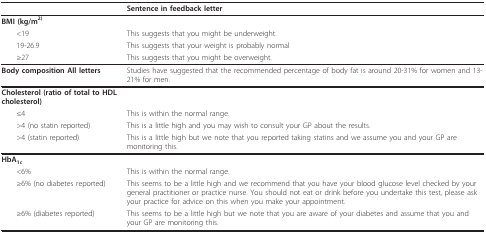
<table><thead><tr><td></td><td><b>Sentence in feedback letter</b></td></tr></thead><tbody><tr><td><b>BMI </b>(kg/m<sup>2)</sup></td><td></td></tr><tr><td> &lt;19</td><td>This suggests that you might be underweight.</td></tr><tr><td> 19-26.9</td><td>This suggests that your weight is probably normal</td></tr><tr><td> ≥27</td><td>This suggests that you might be overweight.</td></tr><tr><td><b>Body composition All letters</b></td><td>Studies have suggested that the recommended percentage of body fat is around 20-31% for women and 13-21% for men.</td></tr><tr><td><b>Cholesterol (ratio of total to HDL cholesterol)</b></td><td></td></tr><tr><td> ≤4</td><td>This is within the normal range.</td></tr><tr><td> &gt;4 (no statin reported)</td><td>This is a little high and you may wish to consult your GP about the results.</td></tr><tr><td> &gt;4 (statin reported)</td><td>This is a little high but we note that you reported taking statins and we assume you and your GP are monitoring this.</td></tr><tr><td><b>HbA</b><sub><b>1c</b></sub></td><td></td></tr><tr><td> &lt;6%</td><td>This is within the normal range.</td></tr><tr><td> ≥6% (no diabetes reported)</td><td>This seems to be a little high and we recommend that you have your blood glucose level checked by your general practitioner or practice nurse. You should not eat or drink before you undertake this test, please ask your practice for advice on this when you make your appointment.</td></tr><tr><td> ≥6% (diabetes reported)</td><td>This seems to be a little high but we note that you are aware of your diabetes and assume that you and your GP are monitoring this.</td></tr></tbody></table>